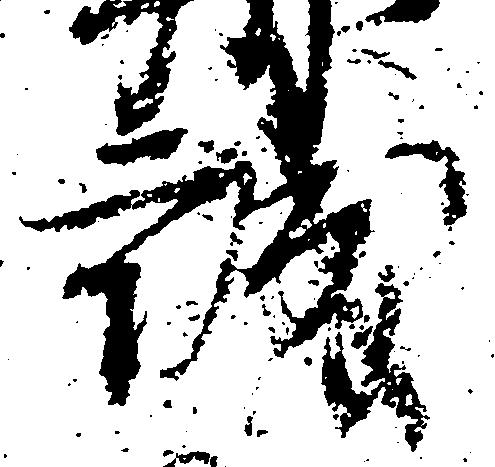
誠